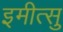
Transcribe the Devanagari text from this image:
इमीत्सु